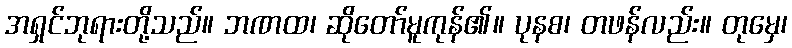
အရှင်ဘုရားတို့သည်။ ဘဏထ၊ ဆိုတော်မူကုန်၏။ ပုနစ၊ တဖန်လည်း။ တုမှေ၊